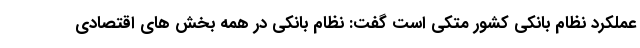
عملکرد نظام بانکی کشور متکی است گفت: نظام بانکی در همه بخش های اقتصادی